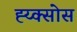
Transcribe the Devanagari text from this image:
ह्य्क्सोस